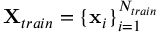
\mathbf X _ { t r a i n } = \{ \mathbf x _ { i } \} _ { i = 1 } ^ { N _ { t r a i n } }